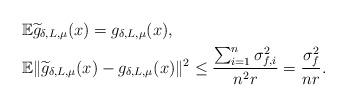
LaTeX: \begin{align*} &\mathbb{E}\widetilde{g}_{\delta, L, \mu}(x) = g_{\delta, L, \mu}(x), \\ &\mathbb{E}\|\widetilde{g}_{\delta, L, \mu}(x)-g_{\delta, L, \mu}(x)\|^2 \leq \frac{\sum_{i=1}^n\sigma_{f, i }^2}{n^2r}=\frac{\sigma_f^2}{nr}. \end{align*}